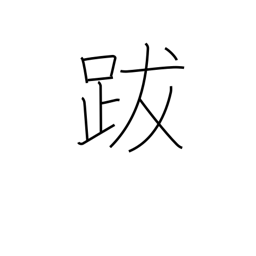
Meaning: epilogue